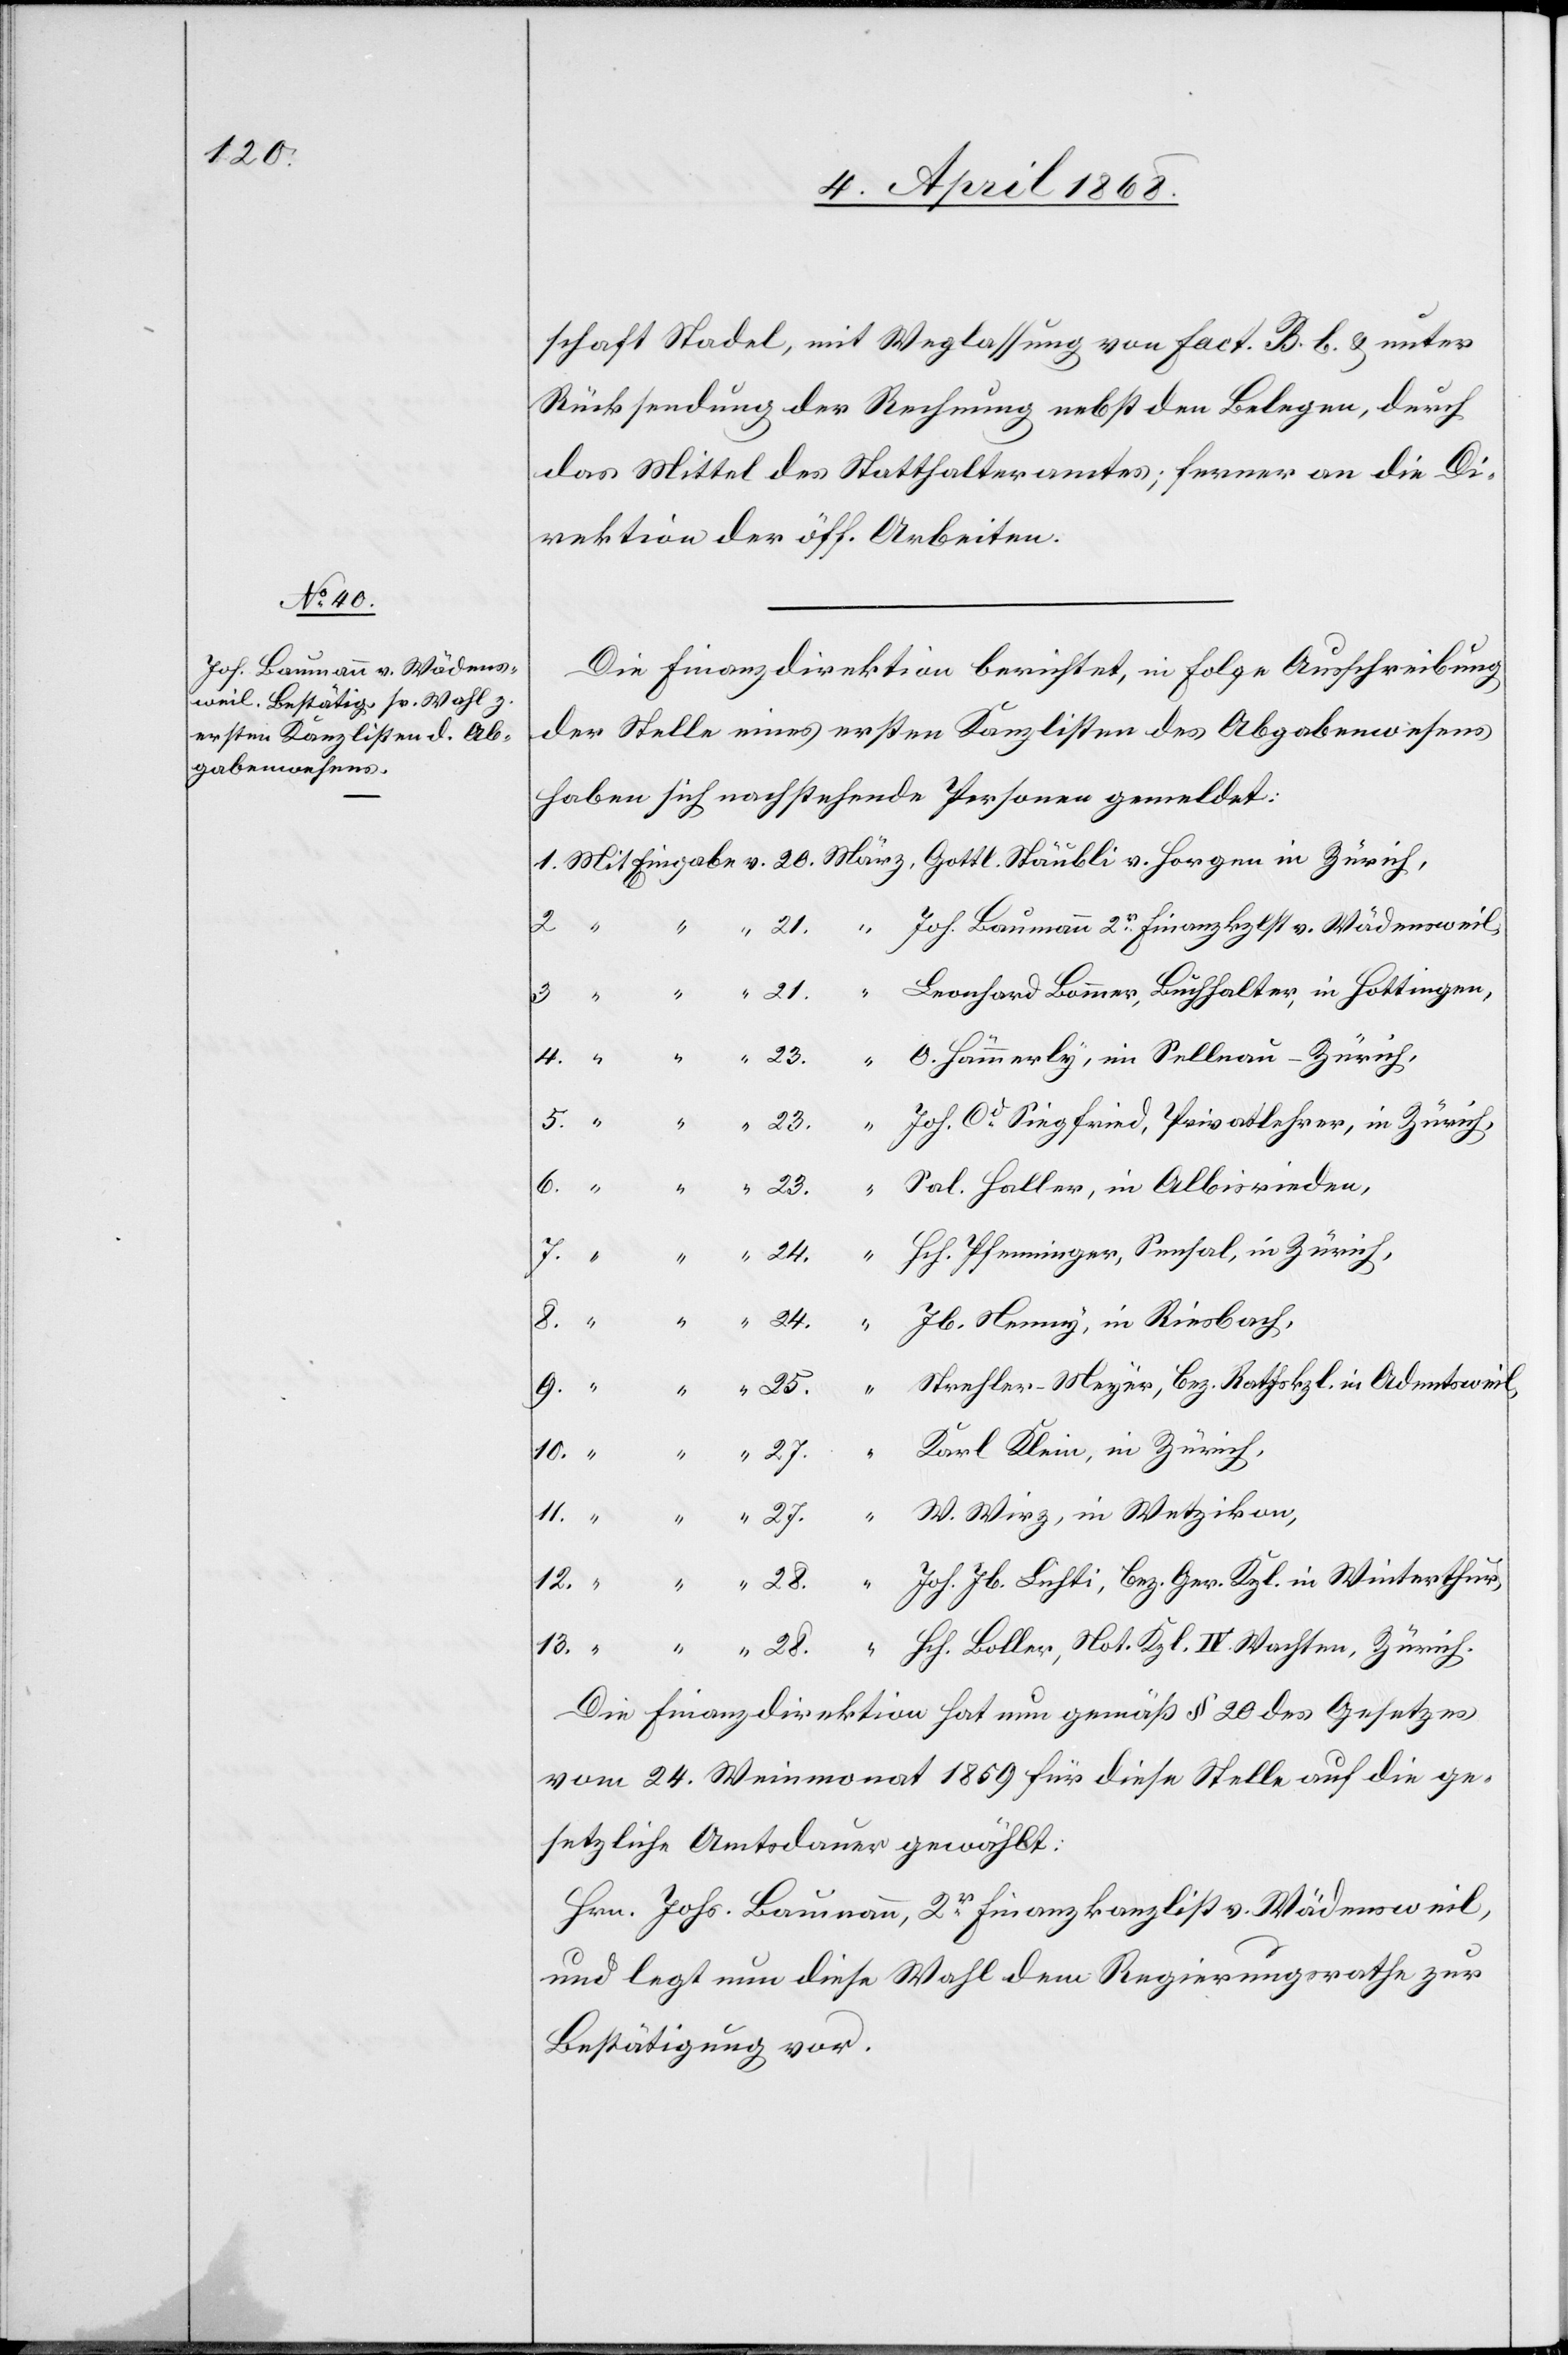
13.
“ 28.

schaft Stadel, mit Weglassung von Fact. B. b. & unter
Rücksendung der Rechnung nebst den Belegen, durch
das Mittel des Statthalteramtes; ferner an die Di¬
rektion der öff. Arbeiten.
Die Finanzdirektion berichtet, in Folge Ausschreibung
der Stelle eines ersten Kanzlisten des Abgabenwesens
haben sich nachstehende Personen gemeldet:
Die Finanzdirektion hat nun gemäß § 20 des Gesetzes
vom 24. Weinmonat 1859 für diese Stelle auf die ge¬
setzliche Amtsdauer gewählt:
Hrn. Johs. Baumann, 2r. Finanzkanzlist v. Wädensweil,
und legt nun diese Wahl dem Regierungsrathe zur
Bestätigung vor.